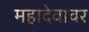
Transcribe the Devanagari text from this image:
महादेवावर